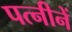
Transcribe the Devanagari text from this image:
पत्नीनें